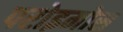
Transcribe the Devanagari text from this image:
परोइमोस